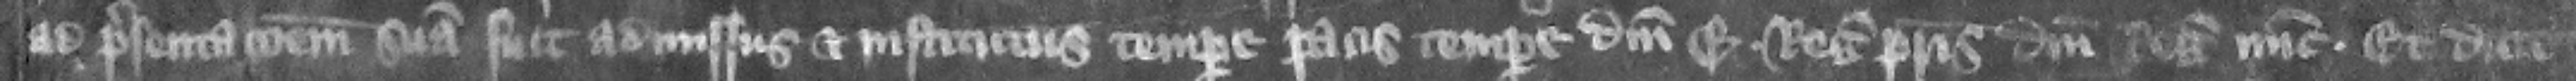
ad presentacionem suam fuit admissus et institutus tempore pacis tempore domini Edwardi regis patris domini regis nunc. Et dicit